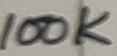
Text: 100K